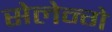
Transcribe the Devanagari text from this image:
सेलेन्गे